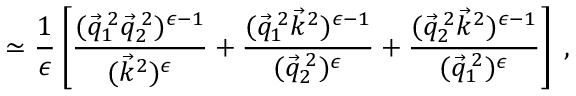
\simeq \frac { 1 } { \epsilon } \left[ \frac { ( \vec { q } _ { 1 } ^ { \: 2 } \vec { q } _ { 2 } ^ { \: 2 } ) ^ { \epsilon - 1 } } { ( \vec { k } ^ { 2 } ) ^ { \epsilon } } + \frac { ( \vec { q } _ { 1 } ^ { \: 2 } \vec { k } ^ { 2 } ) ^ { \epsilon - 1 } } { ( \vec { q } _ { 2 } ^ { \: 2 } ) ^ { \epsilon } } + \frac { ( \vec { q } _ { 2 } ^ { \: 2 } \vec { k } ^ { 2 } ) ^ { \epsilon - 1 } } { ( \vec { q } _ { 1 } ^ { \: 2 } ) ^ { \epsilon } } \right] \; ,